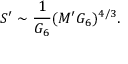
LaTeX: S ^ { \prime } \sim { \frac { 1 } { G _ { 6 } } } ( M ^ { \prime } G _ { 6 } ) ^ { 4 / 3 } .